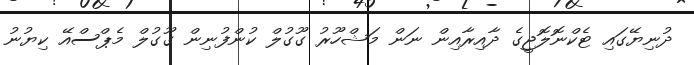
ދުނިޔޭގައި ޓެކްނޮލޮޖީގެ ދާއިރާއިން ނަން މަޝްހޫރު ގޫގުލް ކުންފުނިން ގޫގުލް މެޕްސްއޭ ކިޔުނު